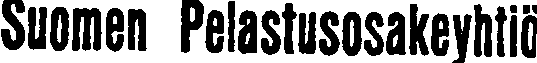
Suomen Pelastusosakeyhtiö